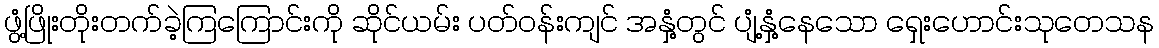
ဖွံ့ဖြိုးတိုးတက်ခဲ့ကြကြောင်းကို ဆိုင်ယမ်း ပတ်ဝန်းကျင် အနှံ့တွင် ပျံ့နှံ့နေသော ရှေးဟောင်းသုတေသန